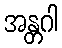
အန္တဂါ